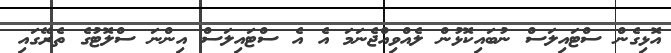
އޮޅިގެން ސްޓައިލަސް ނުބައިކޮޅުން ލެއްވިއްޖެނަމަ އެ އެ ސްޓައިލަސް އިންނަ ސްލޮޓުގެ ތެރޭގައި